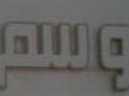
وسم